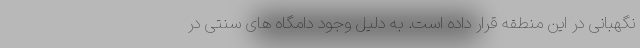
نگهبانی در این منطقه قرار داده است. به دلیل وجود دامگاه های سنتی در